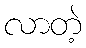
လာတဲ့